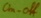
Text: On-off